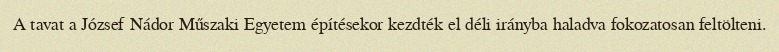
A tavat a József Nádor Műszaki Egyetem építésekor kezdték el déli irányba haladva fokozatosan feltölteni.